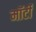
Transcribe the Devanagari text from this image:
मॉर्टी